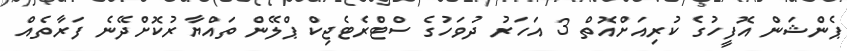
ޕެންޝަން އޮފީހުގެ ކުރިއަށްއޮތް 3 އަހަރު ދުވަހުގެ ސްޓްރެޓެޖިކް ޕްލޭން ތައްޔާރުކޮށްދޭނެ ފަރާތެއް